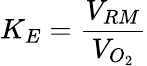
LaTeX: K_{E}={\frac{V_{RM}}{V_{O_{2}}}}